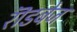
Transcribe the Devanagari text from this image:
रॊडबेज